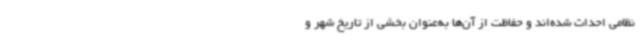
نظامی احداث شده‌اند و حفاظت از آن‌ها به‌عنوان بخشی از تاریخ شهر و